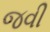
જવી